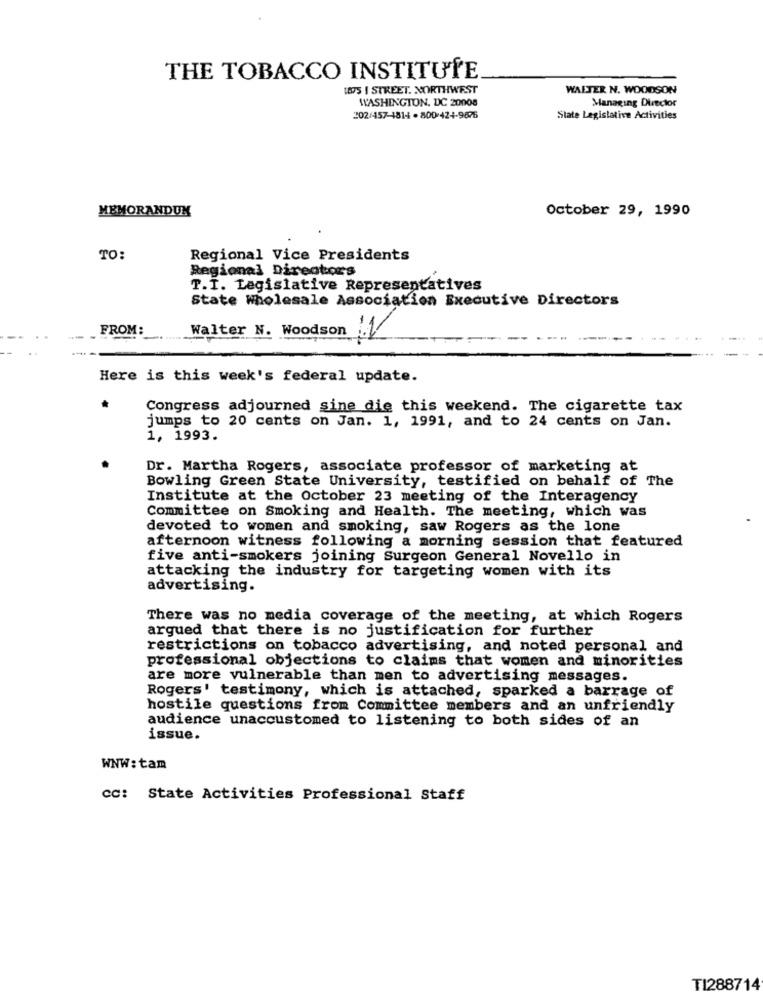
THE TOBACCO INSTITUTE
1875 I STREET. NORTHWEST
WALTER N. WOODSON
WASHINGTON, DC 20008
Managing Director
202/457-1814 -800-424-9676
State Legislative Activities
MEMORANDUM
October 29, 1990
TO:
Regional Vice Presidents
Regional Directors
T.T. Legislative Representatives
State Wholesale Association Executive Directors
FROM:
Walter N. Woodson
Here is this week's federal update.
Congress adjourned sine die this weekend. The cigarette tax
jumps to 20 cents on Jan. 1, 1991, and to 24 cents on Jan.
1, 1993.
Dr. Martha Rogers, associate professor of marketing at
Bowling Green State University, testified on behalf of The
Institute at the October 23 meeting of the Interagency
Committee on Smoking and Health. The meeting, which was
devoted to women and smoking, saw Rogers as the lone
afternoon witness following a morning session that featured
five anti-smokers joining Surgeon General Novello in
attacking the industry for targeting women with its
advertising.
There was no media coverage of the meeting, at which Rogers
argued that there is no justification for further
restrictions on tobacco advertising, and noted personal and
professional objections to claims that women and minorities
are more vulnerable than men to advertising messages.
Rogers' testimony, which is attached, sparked a barrage of
hostile questions from Committee members and an unfriendly
audience unaccustomed to listening to both sides of an
issue.
WNW: tam
cc: State Activities Professional Staff
TI288714